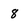
Character: 8